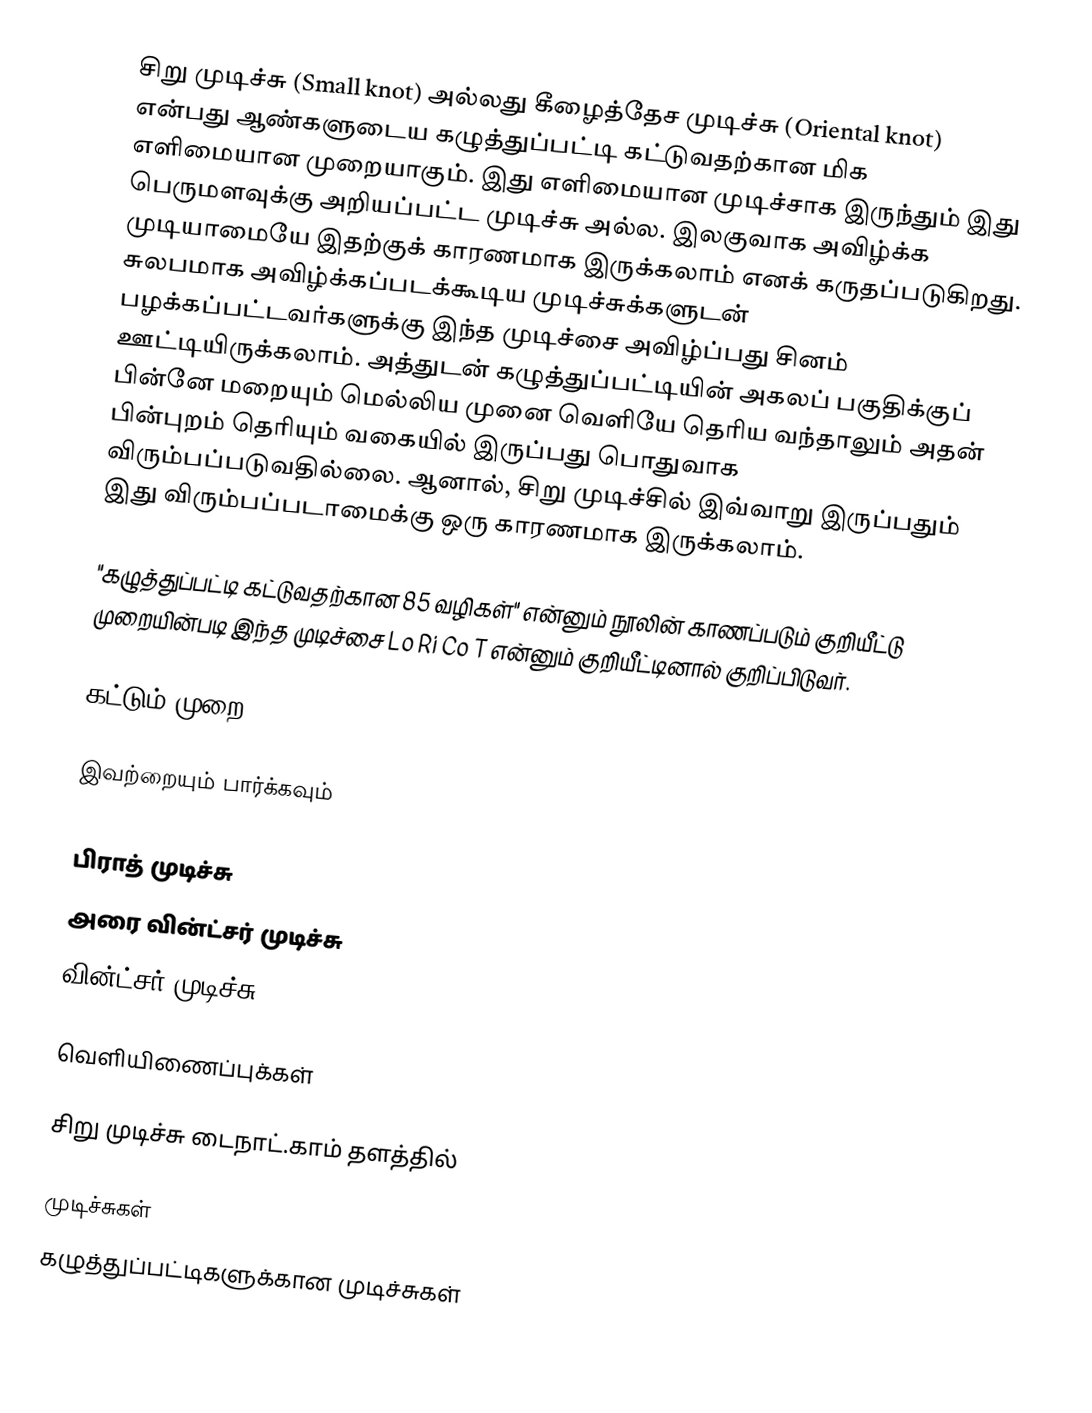
சிறு முடிச்சு (Small knot) அல்லது கீழைத்தேச முடிச்சு (Oriental knot) என்பது ஆண்களுடைய கழுத்துப்பட்டி கட்டுவதற்கான மிக எளிமையான முறையாகும். இது எளிமையான முடிச்சாக இருந்தும் இது பெருமளவுக்கு அறியப்பட்ட முடிச்சு அல்ல. இலகுவாக அவிழ்க்க முடியாமையே இதற்குக் காரணமாக இருக்கலாம் எனக் கருதப்படுகிறது. சுலபமாக அவிழ்க்கப்படக்கூடிய முடிச்சுக்களுடன் பழக்கப்பட்டவர்களுக்கு இந்த முடிச்சை அவிழ்ப்பது சினம் ஊட்டியிருக்கலாம். அத்துடன் கழுத்துப்பட்டியின் அகலப் பகுதிக்குப் பின்னே மறையும் மெல்லிய முனை வெளியே தெரிய வந்தாலும் அதன் பின்புறம் தெரியும் வகையில் இருப்பது பொதுவாக விரும்பப்படுவதில்லை. ஆனால், சிறு முடிச்சில் இவ்வாறு இருப்பதும் இது விரும்பப்படாமைக்கு ஒரு காரணமாக இருக்கலாம்.

"கழுத்துப்பட்டி கட்டுவதற்கான 85 வழிகள்" என்னும் நூலின் காணப்படும் குறியீட்டு முறையின்படி இந்த முடிச்சை Lo Ri Co T என்னும் குறியீட்டினால் குறிப்பிடுவர்.

கட்டும் முறை

இவற்றையும் பார்க்கவும்
Four-in-hand knot
பிராத் முடிச்சு
அரை வின்ட்சர் முடிச்சு
வின்ட்சர் முடிச்சு

வெளியிணைப்புக்கள்

 சிறு முடிச்சு டைநாட்.காம் தளத்தில்

முடிச்சுகள்
கழுத்துப்பட்டிகளுக்கான முடிச்சுகள்